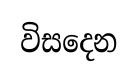
විසදෙන